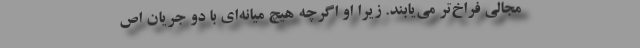
مجالی فراخ‌تر می‌یابند. زیرا او اگرچه هیچ میانه‌ای با دو جریان اص